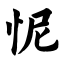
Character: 怩